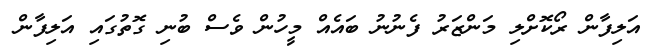
އަލިފާން ރޯކޮށްލި މަންޒަރު ފެނުނު ބައެއް މީހުން ވެސް ބުނި ގޮތުގައި އަލިފާން